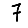
Digit: 7